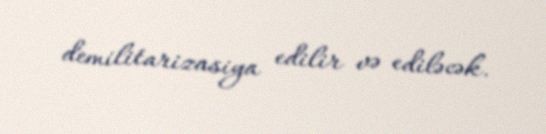
demilitarizasiya edilir və ediləcək.